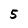
Character: 5